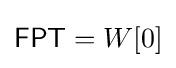
{\mathsf {FPT}}=W[0]